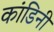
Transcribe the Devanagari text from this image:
कांडिनी